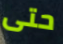
حتى